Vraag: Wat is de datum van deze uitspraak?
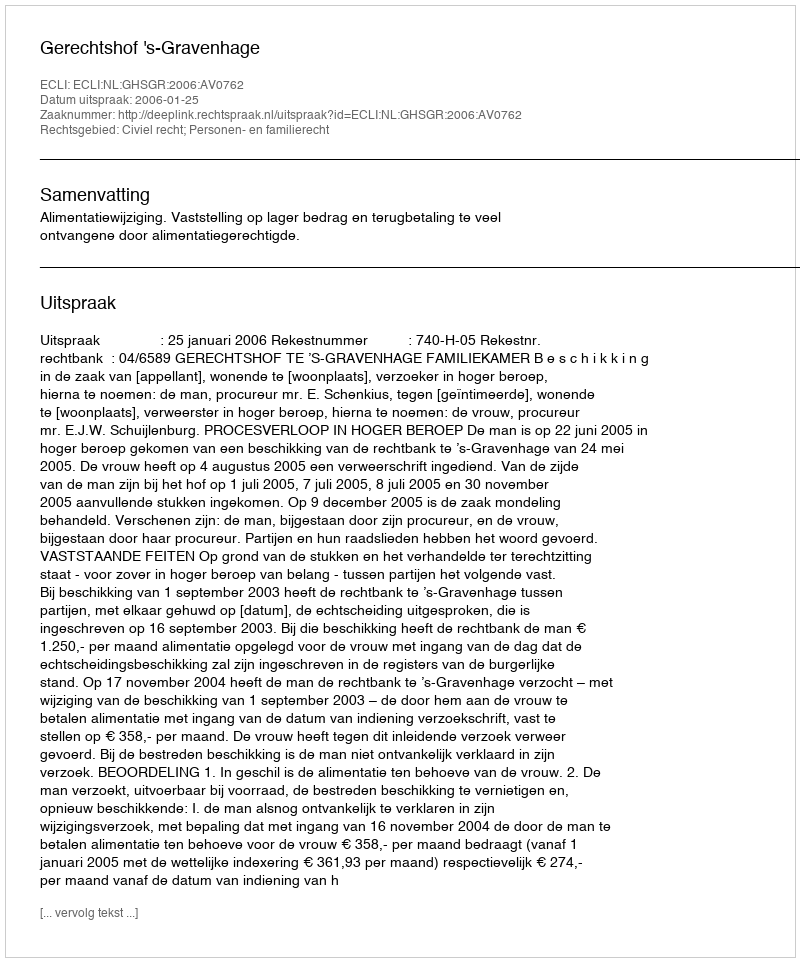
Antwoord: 2006-01-25